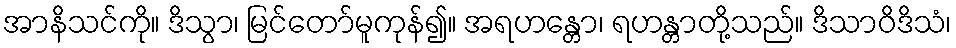
အာနိသင်ကို။ ဒိသွာ၊ မြင်တော်မူကုန်၍။ အရဟန္တော၊ ရဟန္တာတို့သည်။ ဒိသာဝိဒိသံ၊